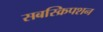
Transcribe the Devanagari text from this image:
सबस्क्रिपशन